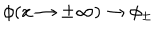
LaTeX: \phi ( x \rightarrow \pm \infty ) \rightarrow \phi _ { \pm }